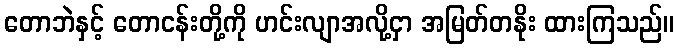
တောဘဲနှင့် တောငန်းတို့ကို ဟင်းလျာအလို့ငှာ အမြတ်တနိုး ထားကြသည်။